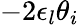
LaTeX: -2\epsilon_{l}\theta_{i}